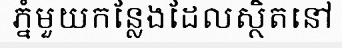
ភ្នំមួយកន្លែងដែលស្ថិតនៅ